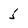
Character: 5